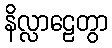
နိလ္လာဠေတွာ